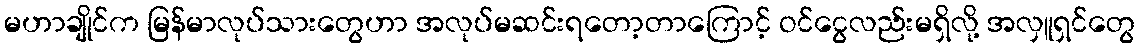
မဟာချိုင်က မြန်မာလုပ်သားတွေဟာ အလုပ်မဆင်းရတော့တာကြောင့် ဝင်ငွေလည်းမရှိလို့ အလှူရှင်တွေ